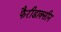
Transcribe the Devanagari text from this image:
फैरीडाक्सीन